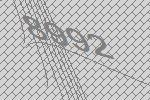
8992